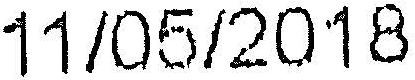
11/05/2018